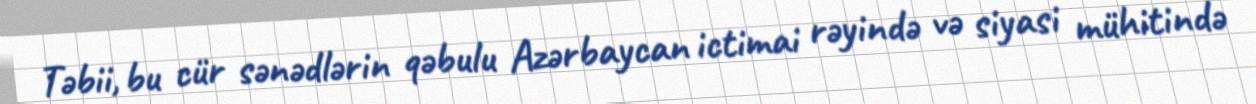
Təbii, bu cür sənədlərin qəbulu Azərbaycan ictimai rəyində və siyasi mühitində